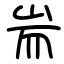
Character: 耑